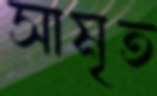
সামৃত